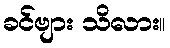
ခင်ဗျား သိလား။